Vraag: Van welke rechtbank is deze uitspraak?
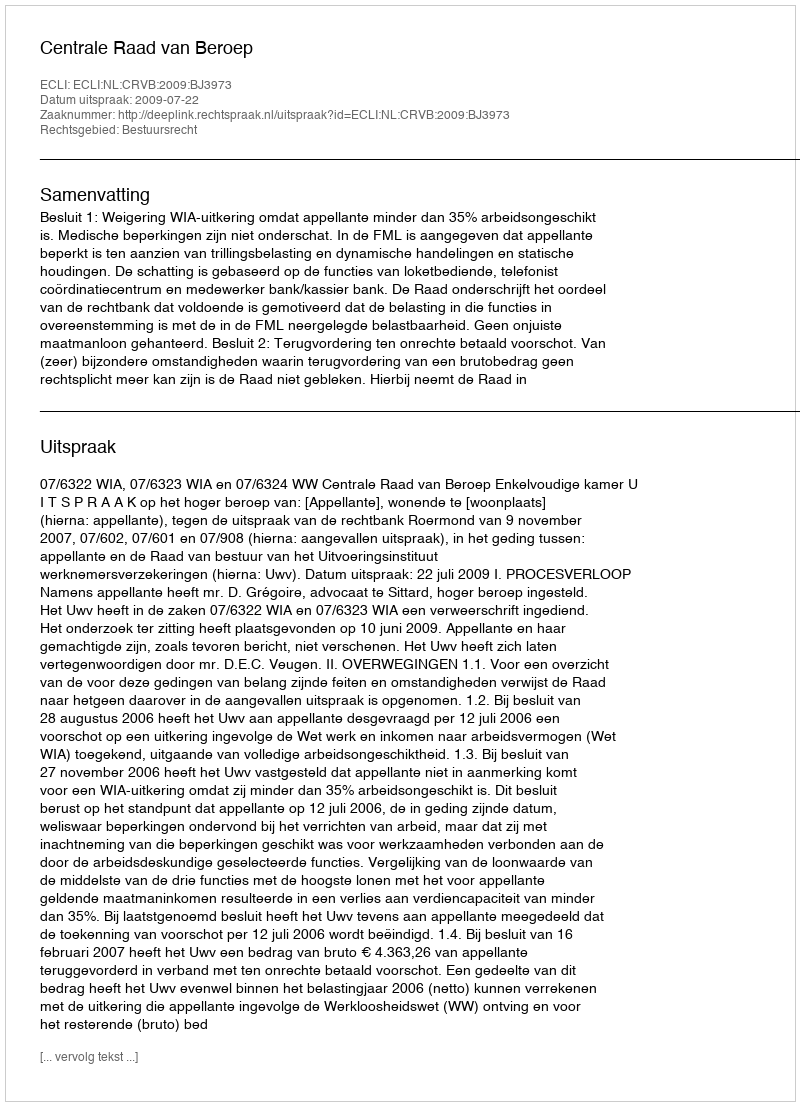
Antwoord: Centrale Raad van Beroep